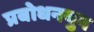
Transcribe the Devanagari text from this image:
प्रबोधनयुग